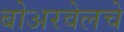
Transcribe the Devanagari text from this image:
बोअरवेलचे